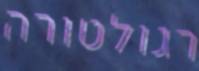
רגולטורה